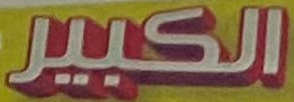
الكبير